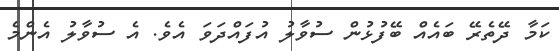
ކަމާ ދޭތެރޭ ބައެއް ބޭފުޅުން ސުވާލު އުފައްދަވަ އެވެ. އެ ސުވާލު އެންމެ